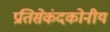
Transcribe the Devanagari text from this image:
प्रतिसेकंदकोनीय